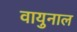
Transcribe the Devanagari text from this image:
वायुनाल